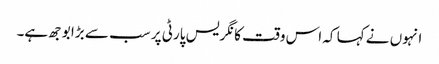
انہوں نے کہا کہ اس وقت کانگریس پارٹی پر سب سے بڑا بوجھ ہے۔